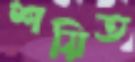
শয়িত